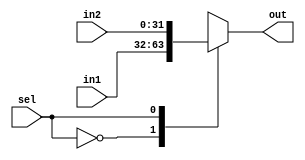
module mux2_32
				(
			input [31:0] in1, in2,
			input sel,
			output reg [31:0] out
			);

always @(*)
case(sel)
	0: out = in1;
	1: out = in2;
endcase
endmodule